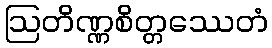
ဩတိဏ္ဏစိတ္တဿေတံ